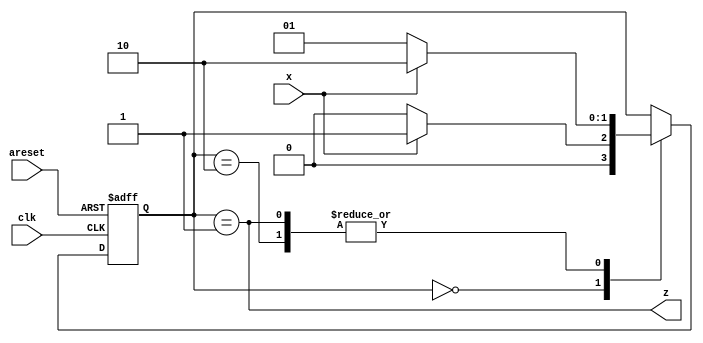
// To get a serial of 2's complementer
// 1. From lsb to msb, find the first "1"
// 2. The lsb to the first "1" stay the same
// 3. The other reverse
module top_module (
    input clk,
    input areset,
    input x,
    output z
); 

    parameter S0 = 0, S1 = 1, S2 = 2;
    reg [1:0] state, next_state;


    assign z = (state == S1); // only in S1, output will be 1

    always @(*) begin
        case(state)
            S0: begin
                if(x == 0) begin // input is 0, output is still 0
                    next_state = S0;
                end else begin // input is 1, output will be 1, becuase it is the first 1
                    next_state = S1; 
                end
            end
            S1: begin
                if(x == 1) begin // input is 1, it's not the first 1, so output will be 0
                    next_state = S2;
                end else begin // input is 0, output is 1, so stays in S1
                    next_state = S1;
                end
            end
            S2: begin
                if(x == 1) begin // input is 1, output is 0, stays in S2
                    next_state = S2;
                end else begin // input is 0, output is 1, trans to S1
                    next_state = S1;
                end
            end
            default: begin
                next_state = state;
            end
        endcase
    end

    always @(posedge clk, posedge areset) begin
        if(areset) begin
            state = S0;
        end else begin
            state = next_state;
        end
    end 
endmodule